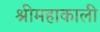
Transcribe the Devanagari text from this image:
श्रीमहाकाली